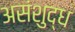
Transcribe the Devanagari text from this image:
असंशुद्ध